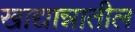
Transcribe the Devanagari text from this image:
खाद्यान्नातील